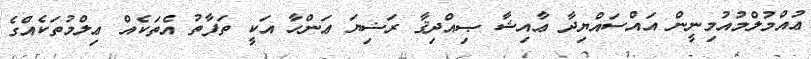
ޢުއްމުލްމުއުމިނީން އައްސައްޔިދާ ޢާއިޝާ ޞިއްދިޤާ ރަޟިޔަ ޢަންހާ އަކީ ތަފާތު އެތަކެއް ޢިލްމުތަކެއްގެ